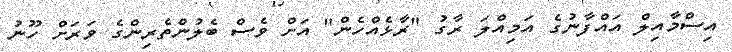
އިސްމާއިލް އައްފާނުގެ އަމިއްލަ ރާގު "ރާޅެއްހެން" އަށް ވެސް ބެލުންެތެރިންގެ ވަރަށް ހޫނު